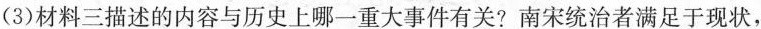
(3)材料三描述的内容与历史上哪一重大事件有关?南宋统治者满足于现状，